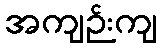
အကျဉ်းကျ